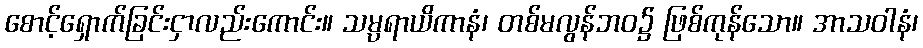
စောင့်ရှောက်ခြင်းငှာလည်းကောင်း။ သမ္ပရာယိကာနံ၊ တစ်မလွန်ဘဝ၌ ဖြစ်ကုန်သော။ အာသဝါနံ၊